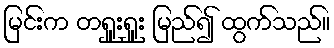
မြင်းက တရှူးရှူး မြည်၍ ထွက်သည်။